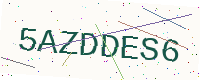
Text: 5AZDDES6